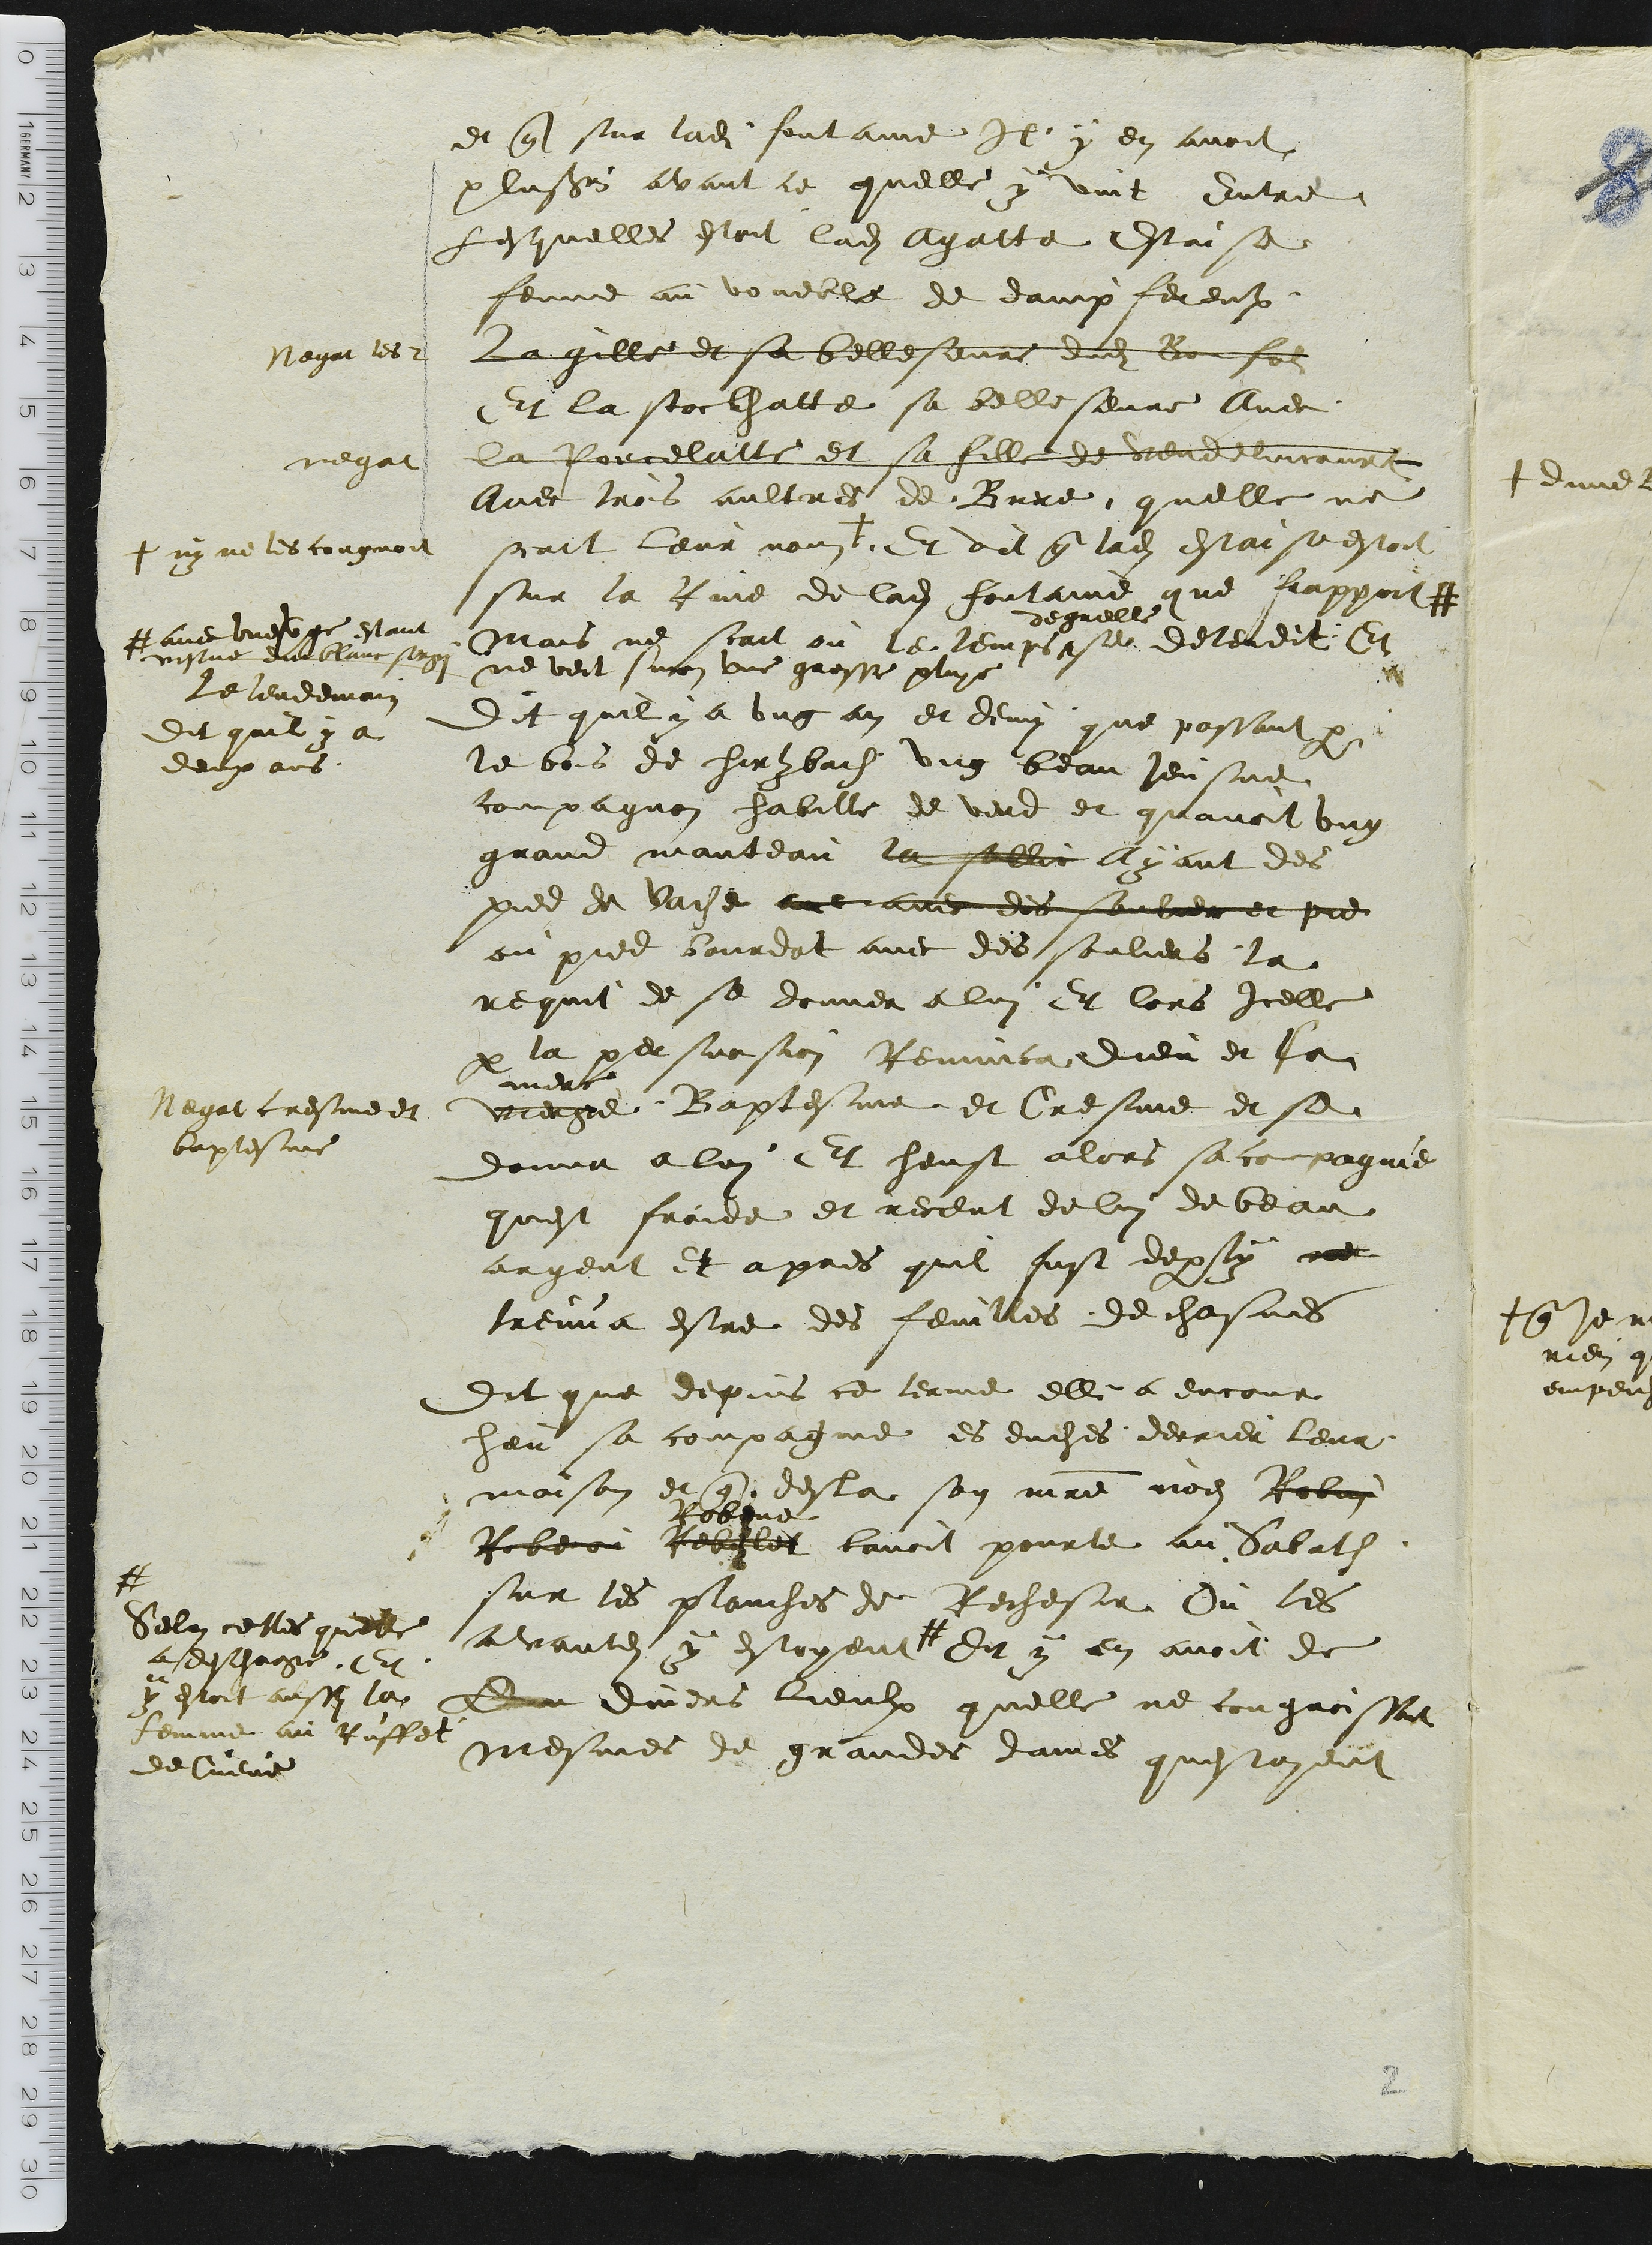
et que sur ladite fentaie Il y en avoit
p lusieurs avant ce quelle y vint Entre
Lesquelles estoit ladite Agatte Estaise
feune au voueele de dampferent
a gille et sa belleseurt dudit Bonfo
Negat les2
Et la stoclhatte sa belle sevre Avec
la Rorcelatte et sa fille de vendelincanet
negat
avec tros aultres de Bure quelle ne
scatt leur nou
I ny ne les cougnoit
Et vil que ladite Estaise estoit
sur la Rme de ladite foutaind que frappoite
t emyine dellereve ay
Mais ne scait ou le lempsase
degrelle
deteveit, Et
ne veit suron une grosse pluys
Le lendemoi
Dit quil y a
deux ans
Dit quil y a ung an et deux que passant par
le bois de hirybach ung beau Jeusne
compagnon habille de verd et quavoit ung
grand manteau le sallic Ayant des
pred de lache aue avec des sauler et pie
ou pied bourdat avec des souliers la
reguit de se donner a lui Et lors icelle
par la persuosion Remuioa dieu et la
mert
vrege Baptesme et Cresme et se
Negat cresme et
baptesme
donne a lui Et heust alors sa copagnie
quest fraide et receut de lui de beau
argent et a pres quil fust deparly ne
rema estre des feuilles de chasnes
Iit que depuis ce terme elle a encour
heu sa compagnie es duches derrier leur
maison et que desla son maitre noes Robay
Robeoi cebelet
Robeve
lavoit pourte au Sabati
sur les planches de Rechesie u les
avante y eestoyentt
4
Selan celles quee
deschagge Et
y estoit aussy la
femme au ruffet
de Cueve
Dit y en avoit de
Du divers lieulx quelle ne cougaoissoit
mesmes de grandes daines questoyent